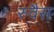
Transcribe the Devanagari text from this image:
रुवैस